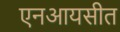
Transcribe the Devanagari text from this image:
एनआयसीत